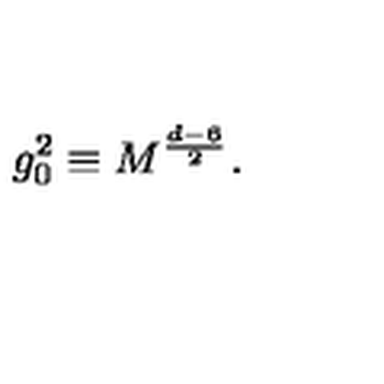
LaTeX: g _ { 0 } ^ { 2 } \equiv M ^ { \frac { d - 6 } { 2 } } .